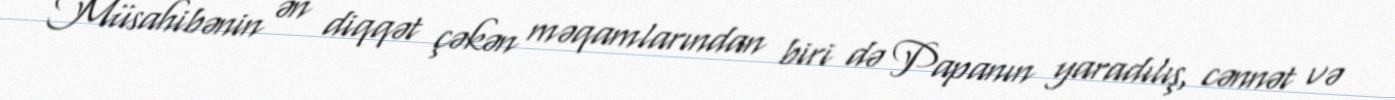
Müsahibənin ən diqqət çəkən məqamlarından biri də Papanın yaradılış, cənnət və